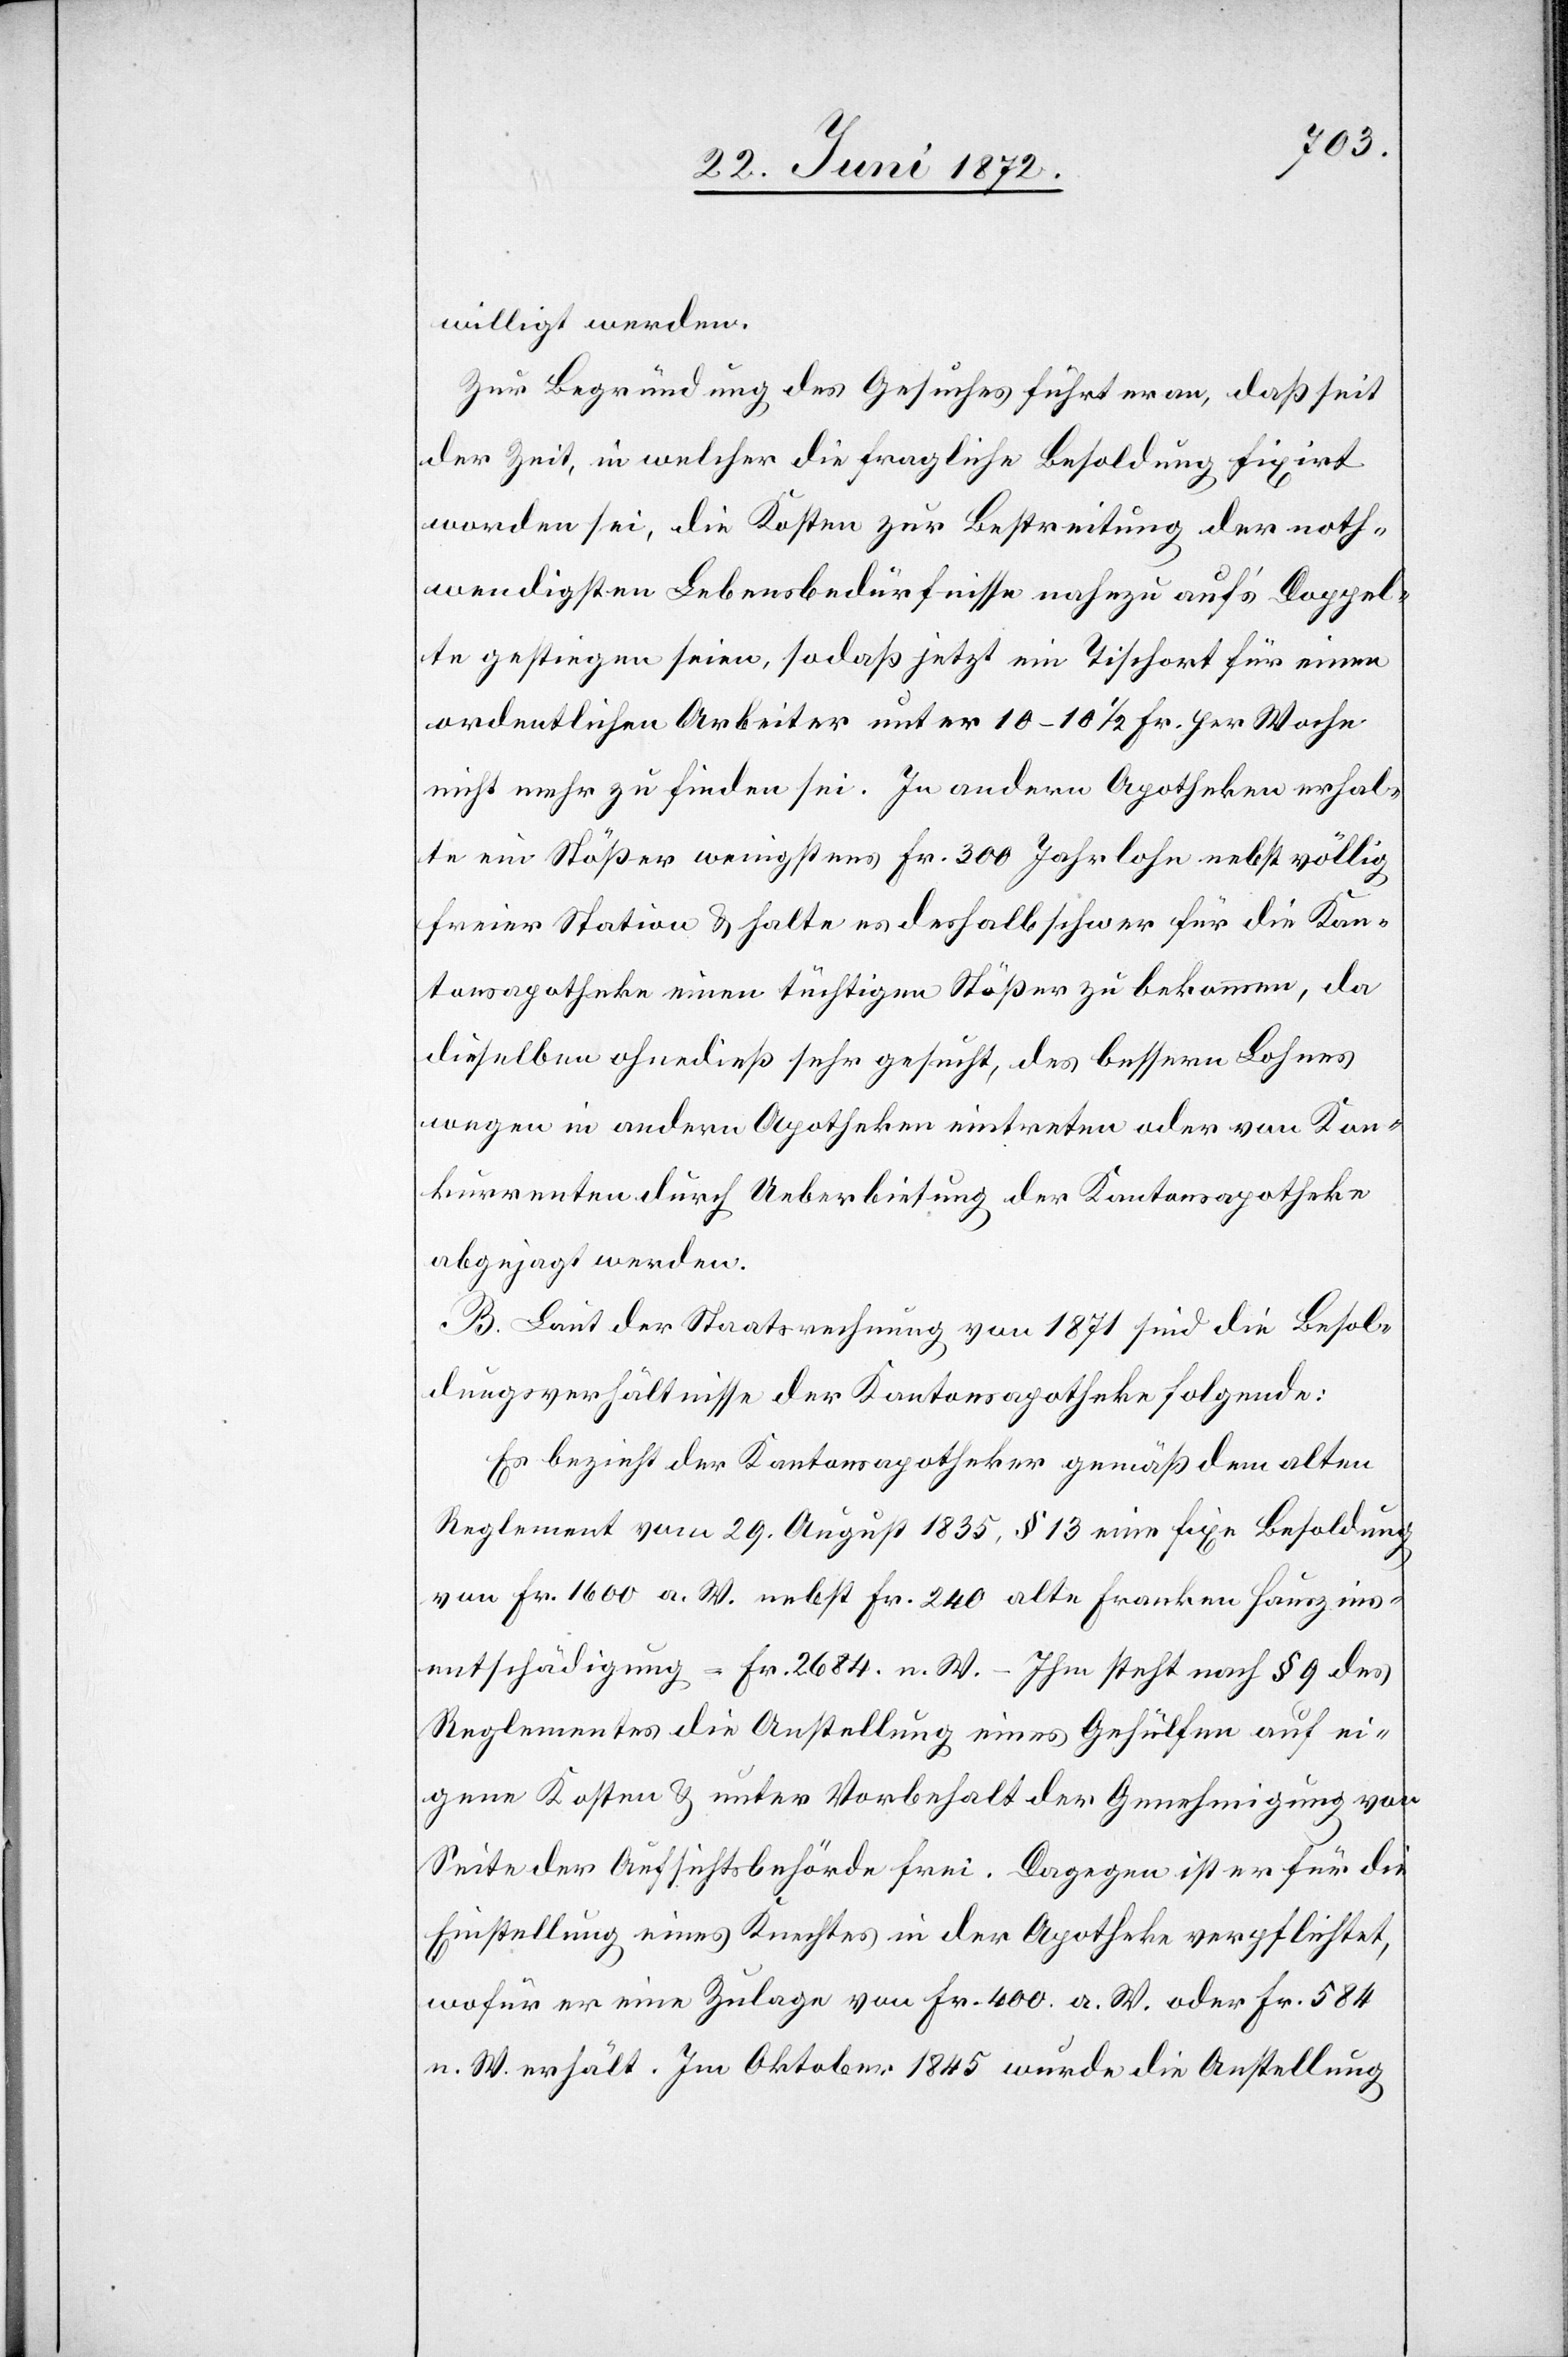
willigt werden.
Zur Begründung des Gesuches führ er an, daß seit
der Zeit, in welcher die fragliche Besoldung fixirt
worden sei, die Kosten zur Bestreitung der noth¬
wendigsten Lebensbedürfnisse nahezu auf’s Doppel¬
te gestiegen seien, so daß jetzt ein Tischort für einen
ordentlichen Arbeiter unter 10–10 1/2 Fr. per Woche
nicht mehr zu finden sei. In andern Apotheken erhal¬
te ein Stößer wenigstens Fr. 300 Jahrlohn nebst völlig
freier Station u. halte es deshalb schwer für die Kan¬
tonsapotheke einen tüchtigen Stößer zu bekommen, da
dieselben ohnedieß sehr gesucht, des bessern Lohnes
wegen in andern Apotheken eintreten oder von Kon¬
kurrenten durch Ueberbietung der Kantonsapotheke
abgejagt werden.
B. Laut der Staatsrechnung von 1871 sind die Besol¬
dungsverhältnisse der Kantonsapotheke folgende:
Es bezieht der Kantonsapotheker gemäß dem alten
Reglement vom 29. August 1835, § 13 eine fixe Besoldung
von Fr. 1600 a. W. nebst Fr. 240 alte Franken Hauszins¬
entschädigung = Fr. 2684. n. W. – Ihm steht nach § 9 des
Reglements die Anstellung eines Gehülfen auf ei¬
gene Kosten u. unter Vorbehalt der Genehmigung von
Seite der Aufsichtsbehörde frei. Dagegen ist er für die
Einstellung eines Knechtes in der Apotheke verpflichtet,
wofür er eine Zulage von Fr. 400 a. W. oder Fr. 584
n. W. erhält. Im Oktober 1845 wurde die Anstellung